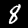
Label: 8